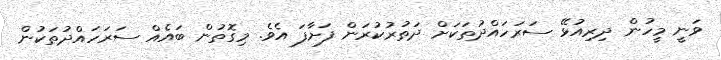
ވަނީ މީހުން ދިރިއުޅޭ ސަރަހައްދުތަކަށް ދަތުރުކުރަން ފަށާފަ އެވެ. މިގޮތުން ބައެއް ސަރަހައްދުތަކުން